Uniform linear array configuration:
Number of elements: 12
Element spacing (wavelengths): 0.25
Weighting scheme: cosine
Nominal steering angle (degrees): -45
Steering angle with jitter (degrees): -45.048
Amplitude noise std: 0.05
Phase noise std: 0.05

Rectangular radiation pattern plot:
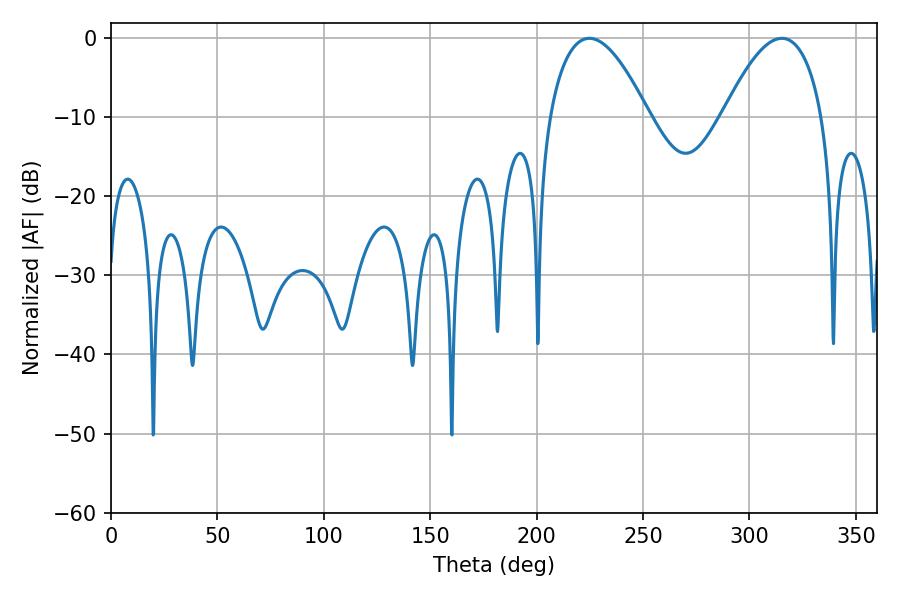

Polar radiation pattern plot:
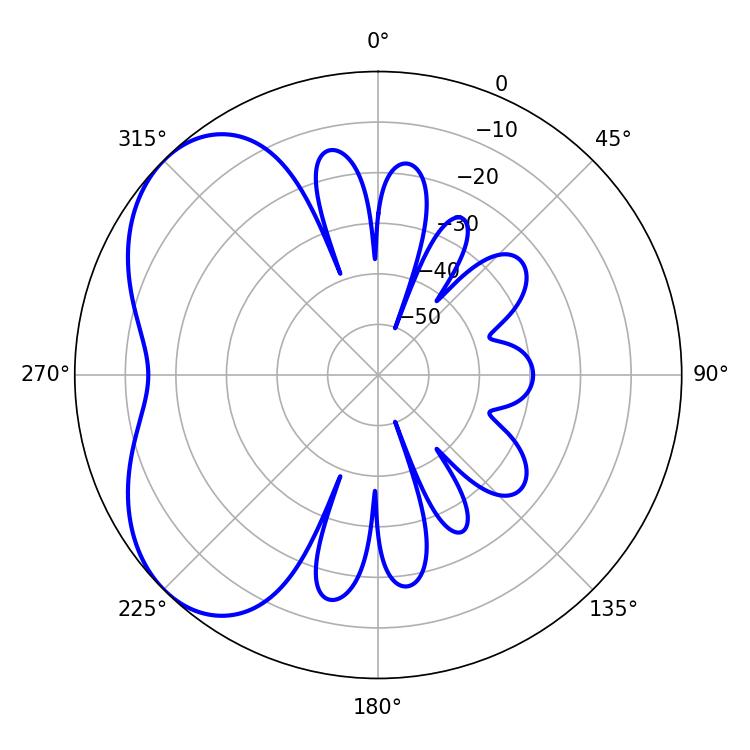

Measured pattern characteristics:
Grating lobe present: FALSE
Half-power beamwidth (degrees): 25.74
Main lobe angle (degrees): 224.82